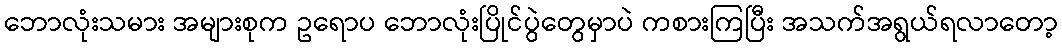
ဘောလုံးသမား အများစုက ဥရောပ ဘောလုံးပြိုင်ပွဲတွေမှာပဲ ကစားကြပြီး အသက်အရွယ်ရလာတော့